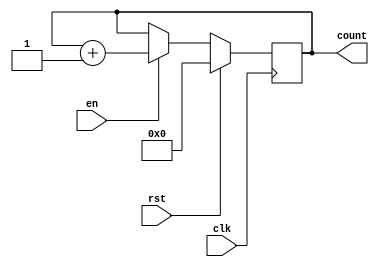
module MemoryBlocksIncrementalCounter #(
    parameter WIDTH = 8,          // Bit-width of the counter
    parameter INITIAL_VALUE = 0   // Initial value for the counter
)(
    input wire clk,               // Clock signal
    input wire rst,               // Synchronous reset signal
    input wire en,                // Enable signal
    output reg [WIDTH-1:0] count  // Current count value
);

// Synchronous reset and counting logic
always @(posedge clk) begin
    if (rst) begin
        // Reset the counter to the initial value
        count <= INITIAL_VALUE;
    end else if (en) begin
        // Increment the counter if enabled
        count <= count + 1;
    end
end

endmodule